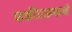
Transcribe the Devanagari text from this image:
फकीररूपाने